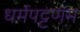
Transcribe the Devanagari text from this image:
धर्मपट्टणम